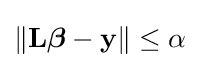
\|\mathbf {L} {\boldsymbol {\beta }}-\mathbf {y} \|\leq \alpha